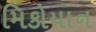
મિકોયાન